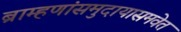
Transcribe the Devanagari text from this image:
ब्राम्हणांसमुदायासमवेत